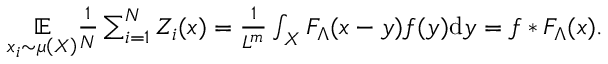
\begin{array} { r } { \underset { x _ { i } \sim \mu \left( { \cal { X } } \right) } { \mathbb { E } } \frac { 1 } { N } \sum _ { i = 1 } ^ { N } Z _ { i } ( x ) = \frac { 1 } { L ^ { m } } \int _ { { \cal { X } } } F _ { \Lambda } ( x - y ) f ( y ) \mathrm { d } y = f * F _ { \Lambda } ( x ) . } \end{array}